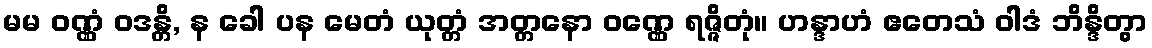
မမ ဝဏ္ဏံ ဝဒန္တိ, န ခေါ ပန မေတံ ယုတ္တံ အတ္တနော ဝဏ္ဏေ ရဇ္ဇိတုံ။ ဟန္ဒာဟံ ဧတေသံ ဝါဒံ ဘိန္ဒိတွာ